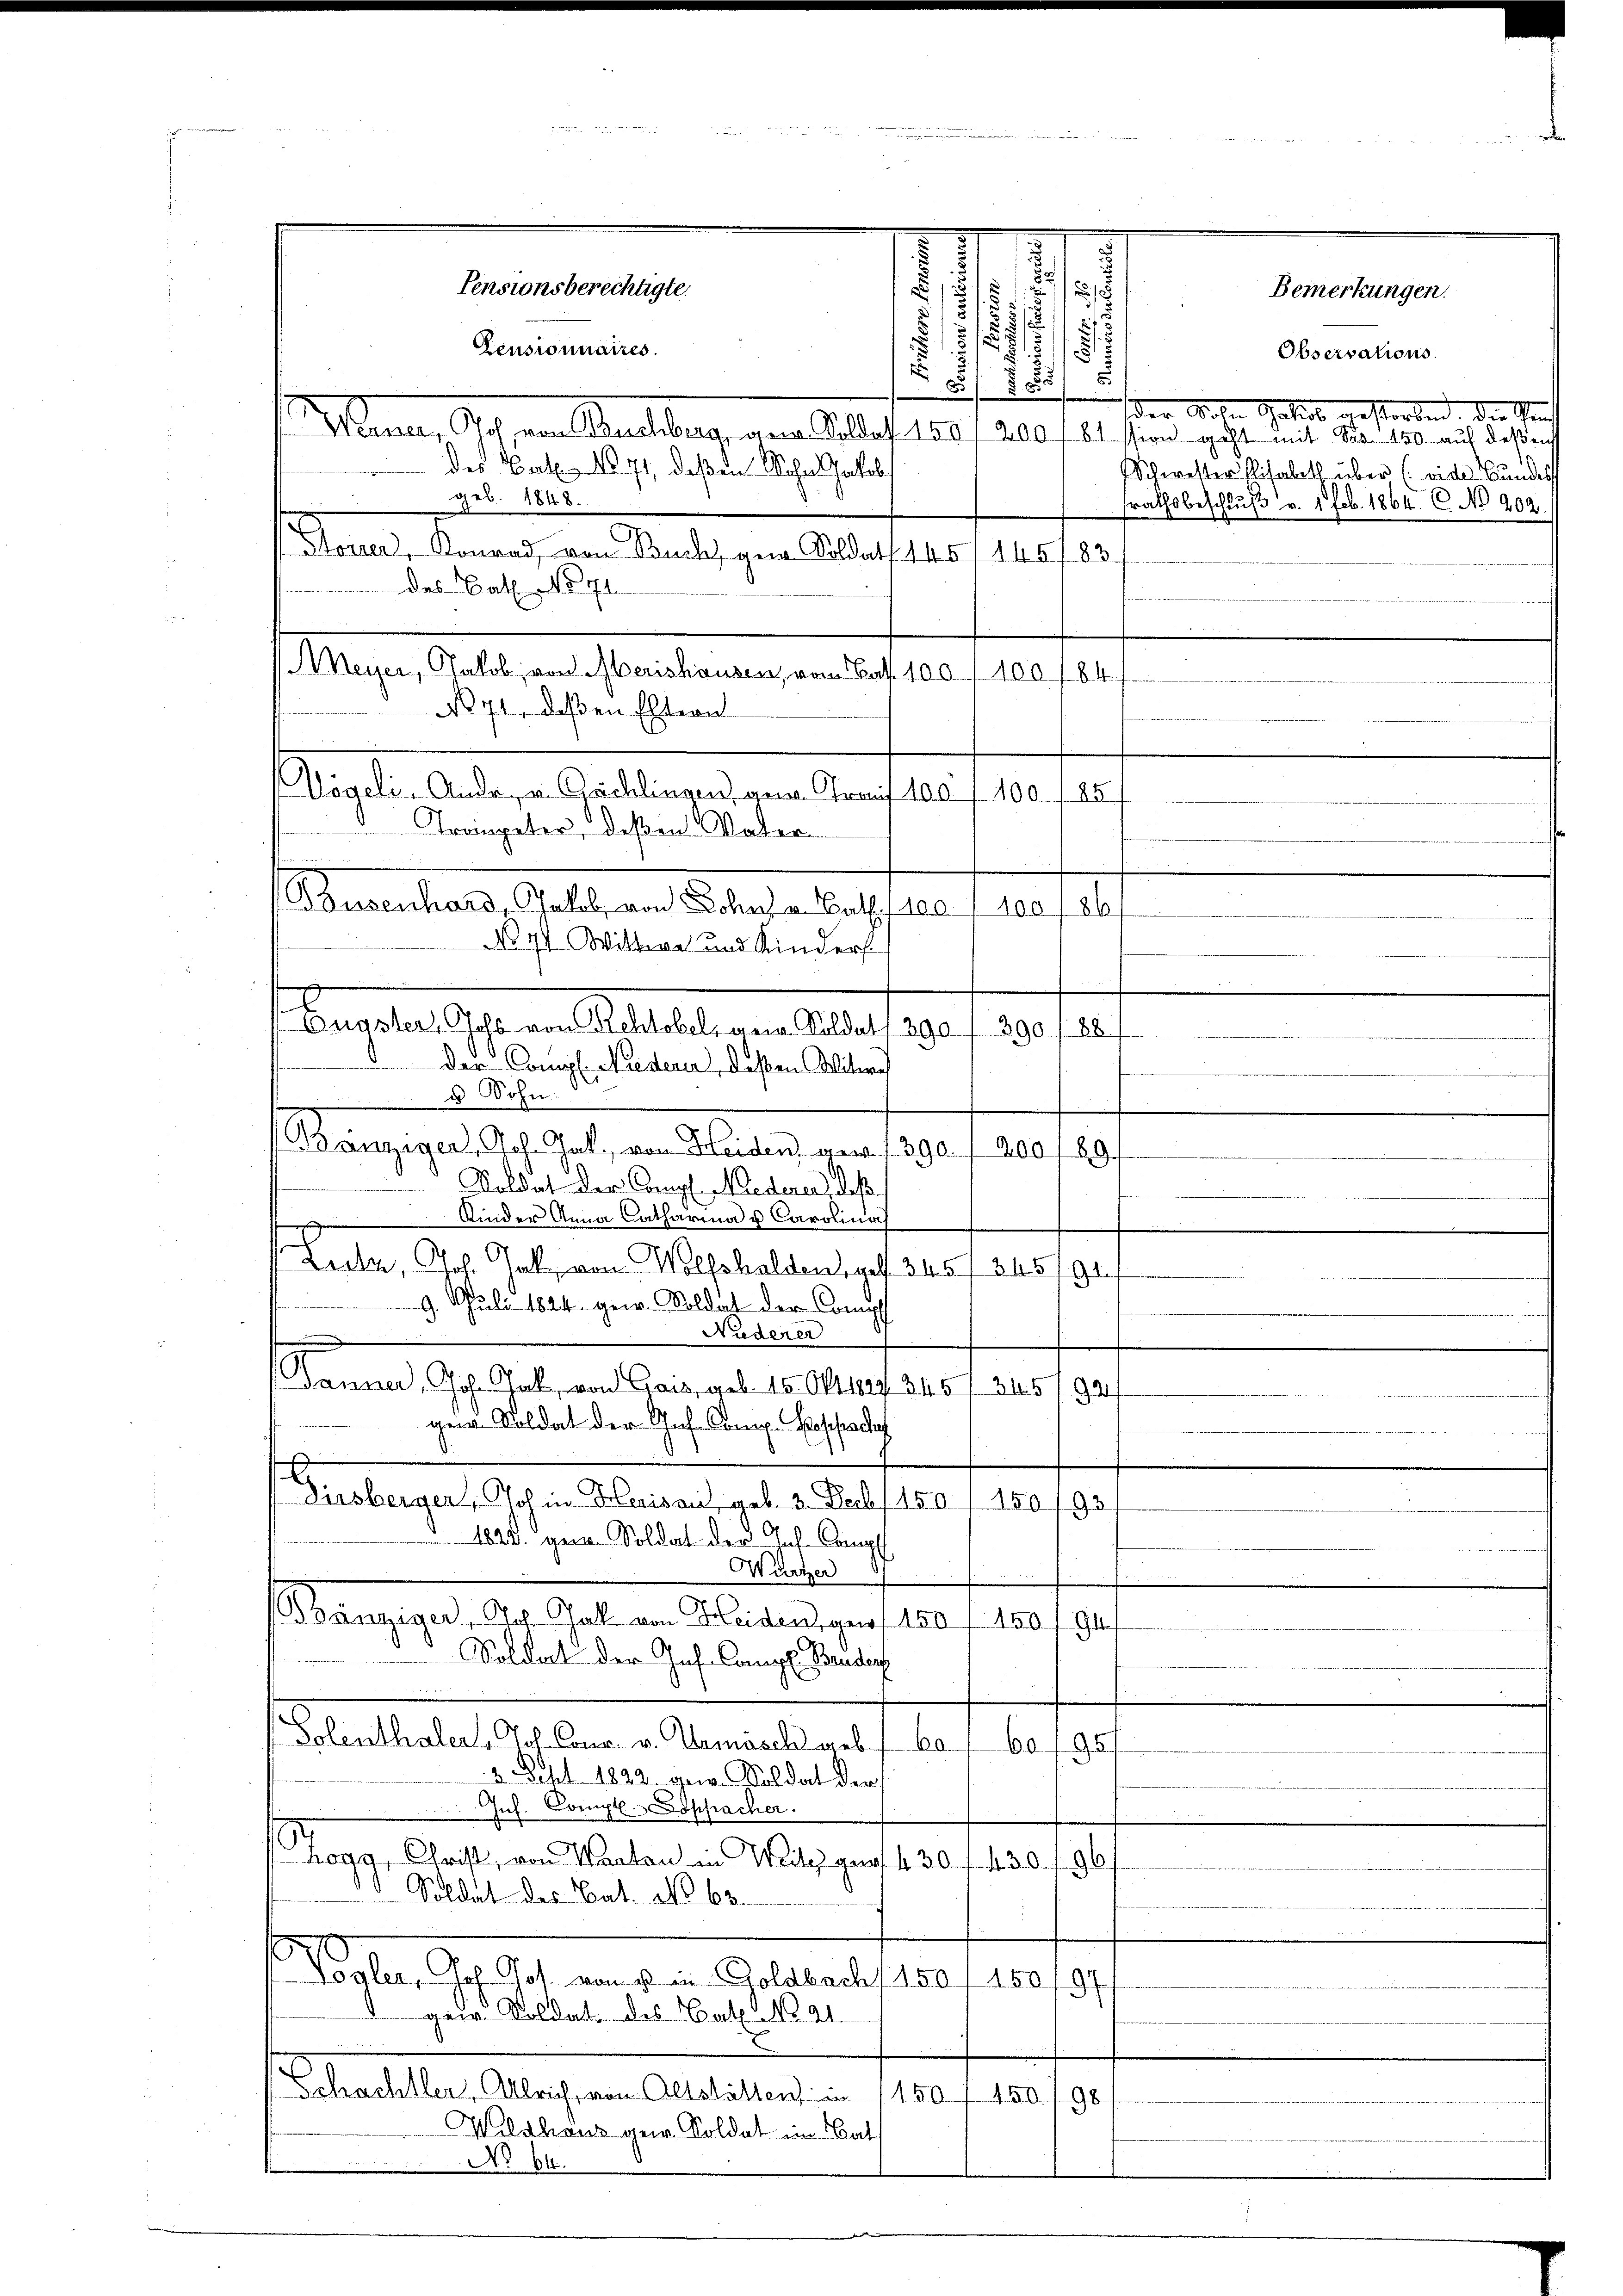
.
Dirsberger, Joh in Herisau, geb. 2. Decb 1501. 150
93
1828. gen. Soldat der Joh. Comp
Wurzer
Bänniger, Joh. Gall. von Heiden, gen 150 f 150
94
 Soldat der Inf. Cangl. Bendorf
Solenthaler, Joh. Concl. v. Kamasch geb. f. 60
60195
3 Echt 1822 gew. Soldat der
Inh. Compl Loppacher.
hogy, Christ, von Warten in Weile gut. 430 f. 430.
.
Soldat des Bat. No. 68.
Valer, Joh. Jos. von 10 in Goldbach 150 f 150/97
gen. Soldat des Bat. No. 21.
Schachtler, Alleich, von Altstätten in 1150 f 150
98
Wildhaus gew. Soldat im Nat
No 64.

5
u
.

Pensionsberechtigte.
d
.
u.

18
Censionnaires.
¬
.
u
8 § 850
Menner, Joh. von Buchberg, gene Soldat 150 f 200
des Cat. No. 71 deßen Sohn Jakob
geb. 1848.
Stover, Konrad, von Buch, an Soldatt 145/145/83
des Cat. No 71
Meyer, Jakob, von Merishausen, vom Bat. 100 f 400 f 847
.
No 71, deßen Eltern.
Trompeter, deßen Vater
Busenhard, Jakob, von Sohns v. Bat. 100.
100
d
No 71 Wittwe und Kinders
Engster, Johs. von Rehtobel, mein. Soldat 1 390 f. 390
88
.
 der Compl. Niederer, deßen Witwe
 Sohn.
Banziger, Joh. Jak. von Heiden gew. 1390 f 200 /89/
Koldat der Compl. Niederer, daß
Kinder Anna Catharina u Carolinach
.
Lecker, Joh. Jak. von Wolfshalden elf 345/245
d
9. Juli 1824. gern Soldat der Comp
Niedener
.
Panner, Joh. Gal, von Gais, geb. 15. Okt 1829 345/ 345
92
geig. Soldat der Joh. Conr. Beschadhaf

Vögeli. Ander, u. Gächlingen, gene Frauf 100 f. 400. 185

der 18. Jakob, estorben, die Gerich
61 staren geht mit Nr. 150 auf deßen
Schwester Lisabeth über (vide Bundes
srathsbeschlŭβ v. 1. Feb. 1864. C. No 202.

Observations.

Bemerkungen.